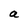
Character: a